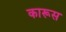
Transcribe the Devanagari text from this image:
कारूस